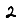
Digit: 2